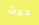
حدث